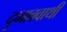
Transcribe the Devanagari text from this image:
दुभाववाथी